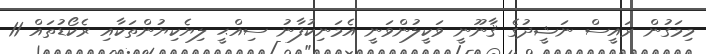
މިމަގުން ރައީސް ނަޝީދުގެ ޤާނޫނީ ވަކީލުންވަނީ އެމަނިކުފާނު ސިއްޙީ ލިޔެކިޔުންތަކާއި ރެކޯޑުތައް 11